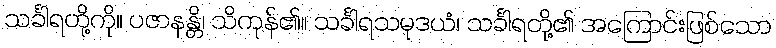
သင်္ခါရတို့ကို။ ပဇာနန္တိ၊ သိကုန်၏။ သင်္ခါရသမုဒယံ၊ သင်္ခါရတို့၏ အကြောင်းဖြစ်သော